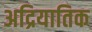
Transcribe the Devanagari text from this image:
अद्रियातिक